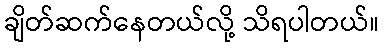
ချိတ်ဆက်နေတယ်လို့ သိရပါတယ်။